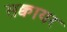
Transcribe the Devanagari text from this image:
सक्वायर